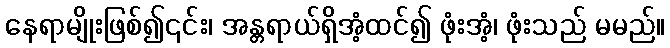
နေရာမျိုးဖြစ်၍၎င်း၊ အန္တရာယ်ရှိအံ့ထင်၍ ဖုံးအံ့၊ ဖုံးသည် မမည်။